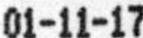
01-11-17